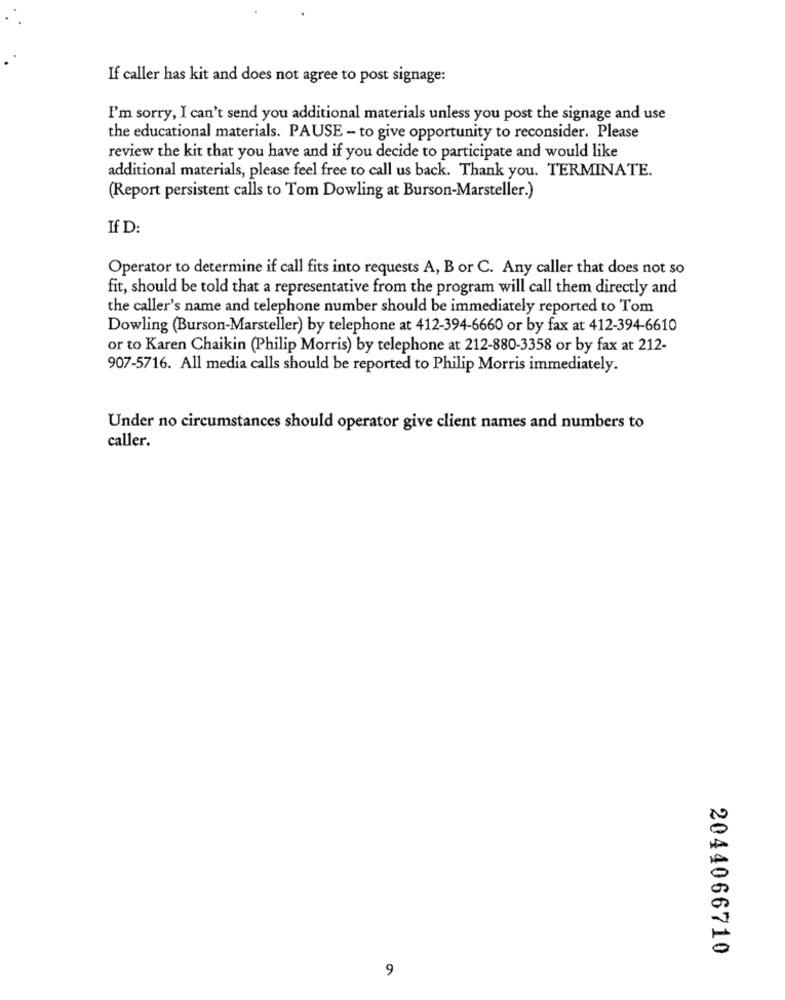
If caller has kit and does not agree to post signage:
I'm sorry, I can't send you additional materials unless you post the signage and use
the educational materials. PAUSE - to give opportunity to reconsider. Please
review the kit that you have and if you decide to participate and would like
additional materials, please feel free to call us back. Thank you. TERMINATE.
(Report persistent calls to Tom Dowling at Burson-Marsteller.)
If D:
Operator to determine if call fits into requests A, B or C. Any caller that does not so
fit, should be told that a representative from the program will call them directly and
the caller's name and telephone number should be immediately reported to Tom
Dowling (Burson-Marsteller) by telephone at 412-394-6660 or by fax at 412-394-6610
or to Karen Chaikin (Philip Morris) by telephone at 212-880-3358 or by fax at 212-
907-5716. All media calls should be reported to Philip Morris immediately.
Under no circumstances should operator give client names and numbers to
caller.
2044066710
9